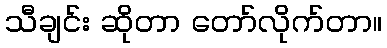
သီချင်း ဆိုတာ တော်လိုက်တာ။